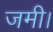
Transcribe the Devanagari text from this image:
जमी।